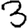
Digit: 3